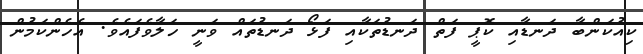
ކިއުކަންބާ ދަނޑާއި ކޮޕީ ފަތް ދަނޑުތަކާއި ފަޅޯ ދަނޑުތައް ވަނީ ހަލާވެފައެވެ. އެހެންކަމުން